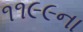
૧૧૯૯ના